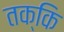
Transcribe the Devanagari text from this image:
तक्कि